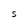
Character: S